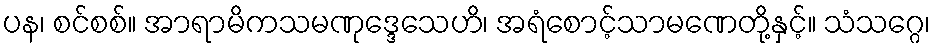
ပန၊ စင်စစ်။ အာရာမိကသမဏုဒ္ဒေသေဟိ၊ အရံစောင့်သာမဏေတို့နှင့်။ သံသဂ္ဂေ၊